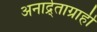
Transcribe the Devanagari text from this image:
अनार्द्र्ताग्राही